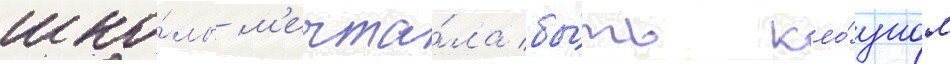
шко́лы м'ечта́ла бы́ть кло́уном